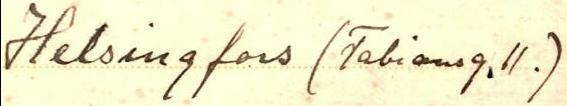
Helsingfors (Fabiansg. 11.)